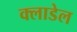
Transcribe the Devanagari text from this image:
क्लाडेल